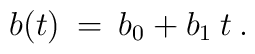
b(t) \> = \>b_0 +  b_1 \> t \> .